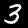
Label: 3